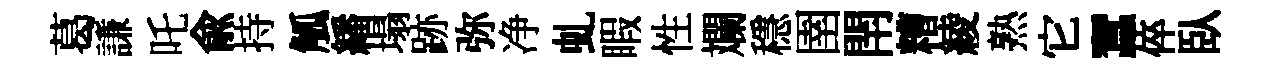
葛謙吒兪持觚繙塌跡弥净虬睱性斕穩圉閈糟綾熟它蠶倅臥